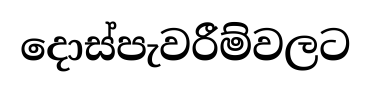
දොස්පැවරීම්වලට